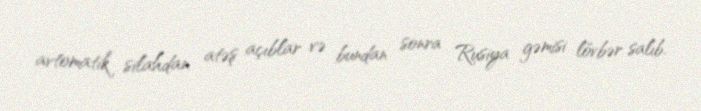
avtomatik silahdan atəş açıblar və bundan sonra Rusiya gəmisi lövbər salıb.